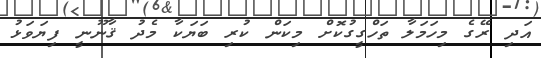
އަދި ރޭގެ މިހަމަލާ ތަހްގީގުކޮށް މިކަން ކުރި ބަޔަކާ މެދު ޤާނޫނީ ފިޔަވަޅު